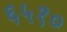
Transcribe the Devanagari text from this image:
६५१०